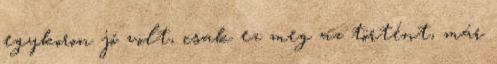
egykoron jó volt, csak ez meg az történt, már